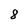
Character: 8